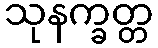
သုနက္ခတ္တ